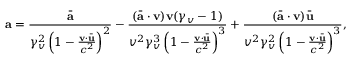
\mathbf { a } = \frac { \bar { \mathbf { a } } } { \gamma _ { v } ^ { 2 } \left( 1 - \frac { \mathbf { v } \cdot \bar { \mathbf { u } } } { c ^ { 2 } } \right) ^ { 2 } } - \frac { ( \bar { \mathbf { a } } \cdot \mathbf { v } ) \mathbf { v } ( \gamma _ { v } - 1 ) } { v ^ { 2 } \gamma _ { v } ^ { 3 } \left( 1 - \frac { \mathbf { v } \cdot \bar { \mathbf { u } } } { c ^ { 2 } } \right) ^ { 3 } } + \frac { ( \bar { \mathbf { a } } \cdot \mathbf { v } ) \bar { \mathbf { u } } } { v ^ { 2 } \gamma _ { v } ^ { 2 } \left( 1 - \frac { \mathbf { v } \cdot \bar { \mathbf { u } } } { c ^ { 2 } } \right) ^ { 3 } } ,